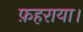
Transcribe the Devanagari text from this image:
फ़हराया।